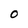
Character: O